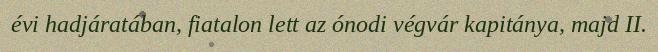
évi hadjáratában, fiatalon lett az ónodi végvár kapitánya, majd II.